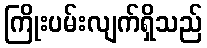
ကြိုးပမ်းလျက်ရှိသည်